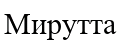
Мирутта